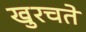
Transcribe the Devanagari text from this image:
खुरचते